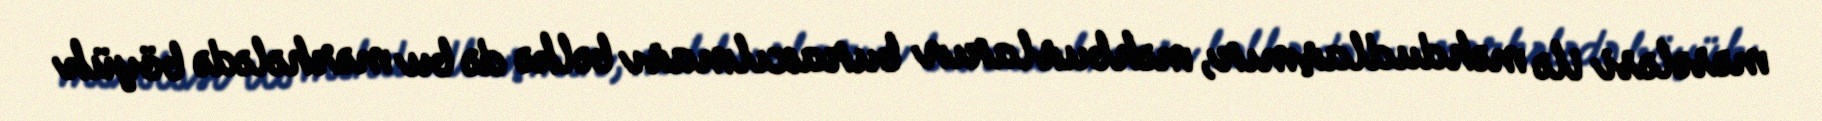
məsələsi ilə məhdudlaşmır, məhbusların buraxılması bəlkə də bu mərhələdə böyük